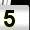
Digit: 5